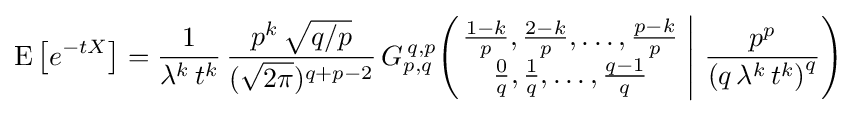
\operatorname {E} \left[e^{-tX}\right]={\frac {1}{\lambda ^{k}\,t^{k}}}\,{\frac {p^{k}\,{\sqrt {q/p}}}{({\sqrt {2\pi }})^{q+p-2}}}\,G_{p,q}^{\,q,p}\!\left(\left.{\begin{matrix}{\frac {1-k}{p}},{\frac {2-k}{p}},\dots ,{\frac {p-k}{p}}\\{\frac {0}{q}},{\frac {1}{q}},\dots ,{\frac {q-1}{q}}\end{matrix}}\;\right|\,{\frac {p^{p}}{\left(q\,\lambda ^{k}\,t^{k}\right)^{q}}}\right)